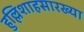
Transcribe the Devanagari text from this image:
हुल्लिशाहसारख्या